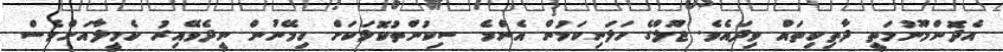
އެދޮންމޫނުމަތީ ދާތިކިތައް ވިދައެވެ. ޖޫލްގެ ހަލަނިކަމުން އެންމެ ސިކުންތުކޮޅަކަށް ހިމޭނުން ނީދެވޭއިރު ކެމީލާއަށްވެސް